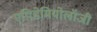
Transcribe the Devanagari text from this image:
एपिडेमियोलॉजी